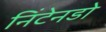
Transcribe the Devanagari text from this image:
निंटेनडो